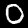
Label: 0